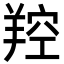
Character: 羫